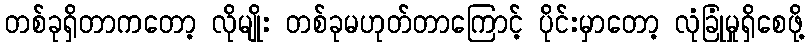
တစ်ခုရှိတာကတော့ လိုမျိုး တစ်ခုမဟုတ်တာကြောင့် ပိုင်းမှာတော့ လုံခြုံမှုရှိစေဖို့